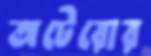
অটেরোর